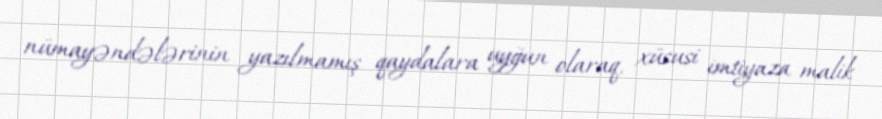
nümayəndələrinin yazılmamış qaydalara uyğun olaraq, xüsusi imtiyaza malik